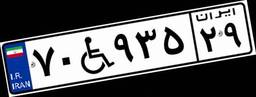
۴۲W۷۵۴۱۷